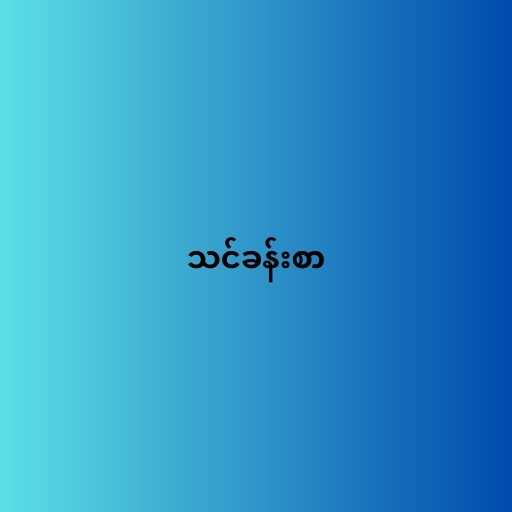
သင်ခန်းစာ